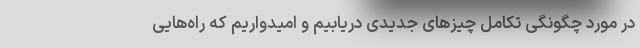
در مورد چگونگی تکامل چیزهای جدیدی دریابیم و امیدواریم که راه‌هایی